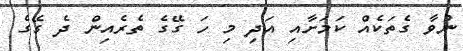
ނުވާ ގެތަކެއް ކަމަށާއި އަދި މި ހަ ގޭގެ ތެރެއިން ދެ ގޭގެ